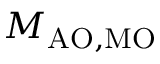
M _ { \mathrm { { A O , M O } } }